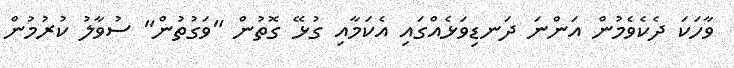
ވާހަކަ ދެކެވެމުން އަންނަ ދަނޑިވަޅެއްގައި އެކަމާއި ގުޅޭ ގޮތުން "ވަގުތުން" ސުވާލު ކުރުމުން